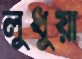
লুধুয়া